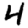
Digit: 4